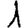
Digit: 1